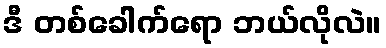
ဒီ တစ်ခေါက်ရော ဘယ်လိုလဲ။